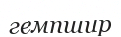
гемпшир